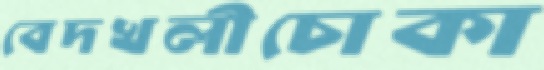
বেদখলীচোকা